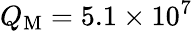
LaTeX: Q_{\mathrm{M}}=5.1\times 10^{7}